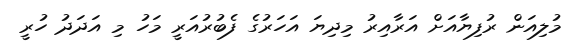
މުލިއަން ރުފިޔާއަށް އަރާއިރު މިދިޔަ އަހަރުގެ ފެބުރުއަރީ މަހު މި އަދަދު ހުރީ